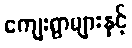
ကျေးရွာများနှင့်